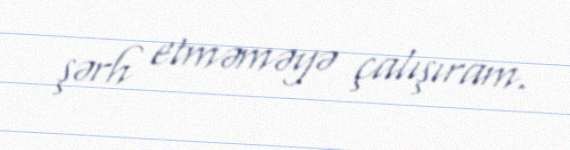
şərh etməməyə çalışıram.